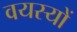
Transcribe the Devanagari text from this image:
वयस्यों